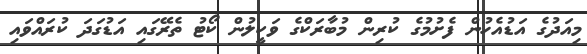
މިއަދުގެ އަޑުއެހުން ފެށުމުގެ ކުރިން މުބާރަކްގެ ވަކީލުން ކޯޓު ތެރޭގައި އަޑުގަދަ ކުރައްވައި